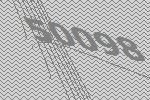
50098